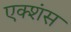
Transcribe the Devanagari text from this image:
एक्शंस